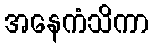
အနေကံသိကာ